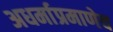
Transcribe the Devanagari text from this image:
अधर्माप्रमाणेच